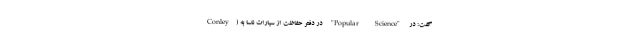
Conley) در دفتر حفاظت از سیارات ناسا به "Popular Science" گفت: در